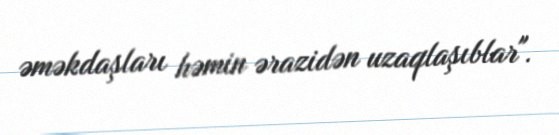
əməkdaşları həmin ərazidən uzaqlaşıblar".